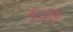
કડલ